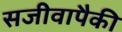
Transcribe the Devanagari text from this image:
सजीवापैकी